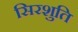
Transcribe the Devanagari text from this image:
सिरशुति